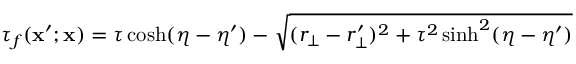
\tau _ { f } ( \mathbf { x } ^ { \prime } ; \mathbf { x } ) = \tau \cosh ( \eta - \eta ^ { \prime } ) - \sqrt { ( r _ { \bot } - r _ { \bot } ^ { \prime } ) ^ { 2 } + \tau ^ { 2 } \sinh ^ { 2 } ( \eta - \eta ^ { \prime } ) }